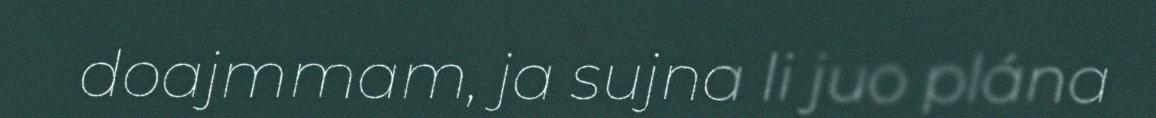
doajmmam, ja sujna li juo plána